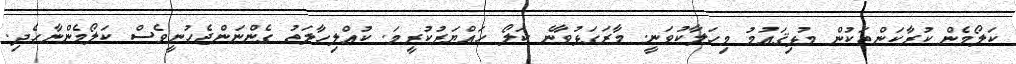
ކަލޯމެން ކުރާކަންތަކުން މުޅިޤައުމު މިހަލާކުވަނީ. މާރަގަޅުވާނެ ކަލޯ ހައްޔަރުކުރީމަ. ކުއްލިހާލަތު ގެންނަންޖެހުނީވެސް ކަލޯމެންނާހެދި.